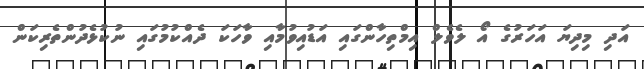
އަދި މިދިޔަ އަހަރުގެ އޯ ލެވެލް އިމްތިހާންގައި އަޑުއިވުމާއި ވާހަކަ ދެއްކުމުގައި ނުކުޅެދުންތެރިކަން